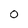
Character: 0